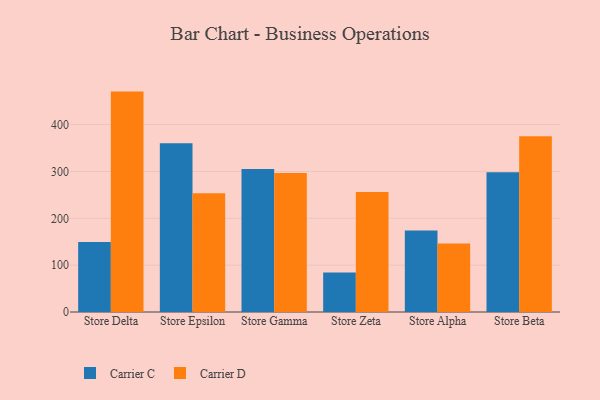
{"axis": {"x": "Store", "y": "Population (Million)"}, "legend": ["Carrier C", "Carrier D"], "data": [{"x": "Store Delta", "y": 149.2, "type": "Carrier C"}, {"x": "Store Delta", "y": 470.5, "type": "Carrier D"}, {"x": "Store Epsilon", "y": 360.5, "type": "Carrier C"}, {"x": "Store Epsilon", "y": 253.5, "type": "Carrier D"}, {"x": "Store Gamma", "y": 305.3, "type": "Carrier C"}, {"x": "Store Gamma", "y": 296.7, "type": "Carrier D"}, {"x": "Store Zeta", "y": 84.1, "type": "Carrier C"}, {"x": "Store Zeta", "y": 256.0, "type": "Carrier D"}, {"x": "Store Alpha", "y": 174.0, "type": "Carrier C"}, {"x": "Store Alpha", "y": 146.4, "type": "Carrier D"}, {"x": "Store Beta", "y": 298.5, "type": "Carrier C"}, {"x": "Store Beta", "y": 375.1, "type": "Carrier D"}]}